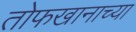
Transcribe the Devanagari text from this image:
तोफखानाच्या